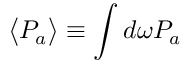
\big < P _ { a } \big > \equiv \int d \omega P _ { a }